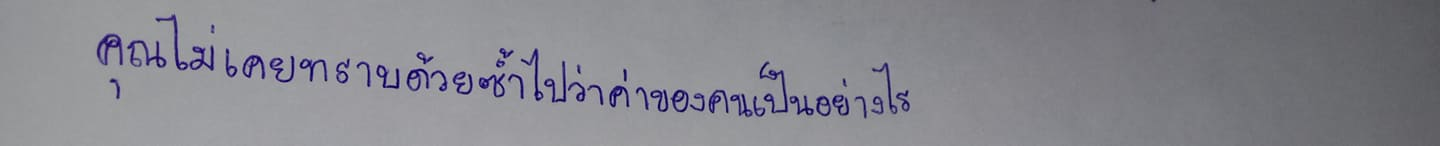
คุณไม่เคยทราบด้วยซ้ำไปว่าค่าของคนนั้นเป็นอย่างไร"